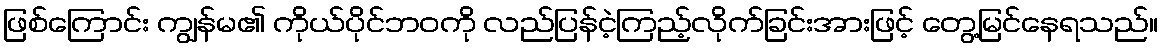
ဖြစ်ကြောင်း ကျွန်မ၏ ကိုယ်ပိုင်ဘဝကို လည်ပြန်ငဲ့ကြည့်လိုက်ခြင်းအားဖြင့် တွေ့မြင်နေရသည်။